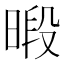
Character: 𪰴